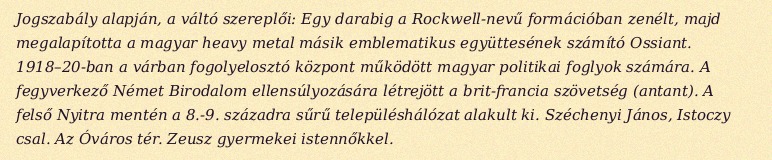
Jogszabály alapján, a váltó szereplői: Egy darabig a Rockwell-nevű formációban zenélt, majd megalapította a magyar heavy metal másik emblematikus együttesének számító Ossiant. 1918–20-ban a várban fogolyelosztó központ működött magyar politikai foglyok számára. A fegyverkező Német Birodalom ellensúlyozására létrejött a brit-francia szövetség (antant). A felső Nyitra mentén a 8.-9. századra sűrű településhálózat alakult ki. Széchenyi János, Istoczy csal. Az Óváros tér. Zeusz gyermekei istennőkkel.